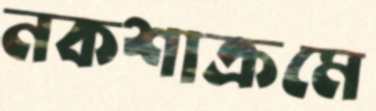
নকশাক্রমে